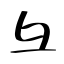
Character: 彑